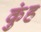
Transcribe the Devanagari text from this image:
कुंह